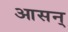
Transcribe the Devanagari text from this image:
आसन्